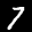
Digit: 7